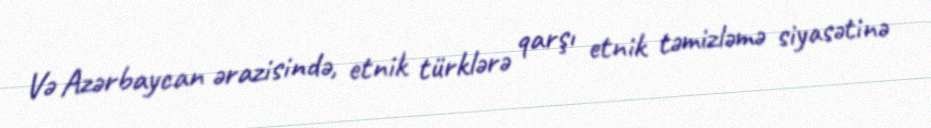
Və Azərbaycan ərazisində, etnik türklərə qarşı etnik təmizləmə siyasətinə